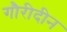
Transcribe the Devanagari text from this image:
गौरीदीन